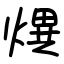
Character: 熼